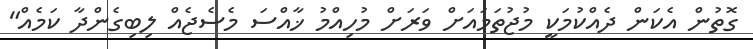
ގޮތުން އެކަން ދެއްކުމަކީ މުޖުތަމައަށް ވަރަށް މުހިއްމު ޚާއްސަ މެސެޖެއް ލިބިގެންދާ ކަމެއް"